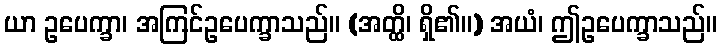
ယာ ဥပေက္ခာ၊ အကြင်ဥပေက္ခာသည်။ (အတ္ထိ၊ ရှိ၏။) အယံ၊ ဤဥပေက္ခာသည်။